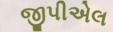
જીપીએલ